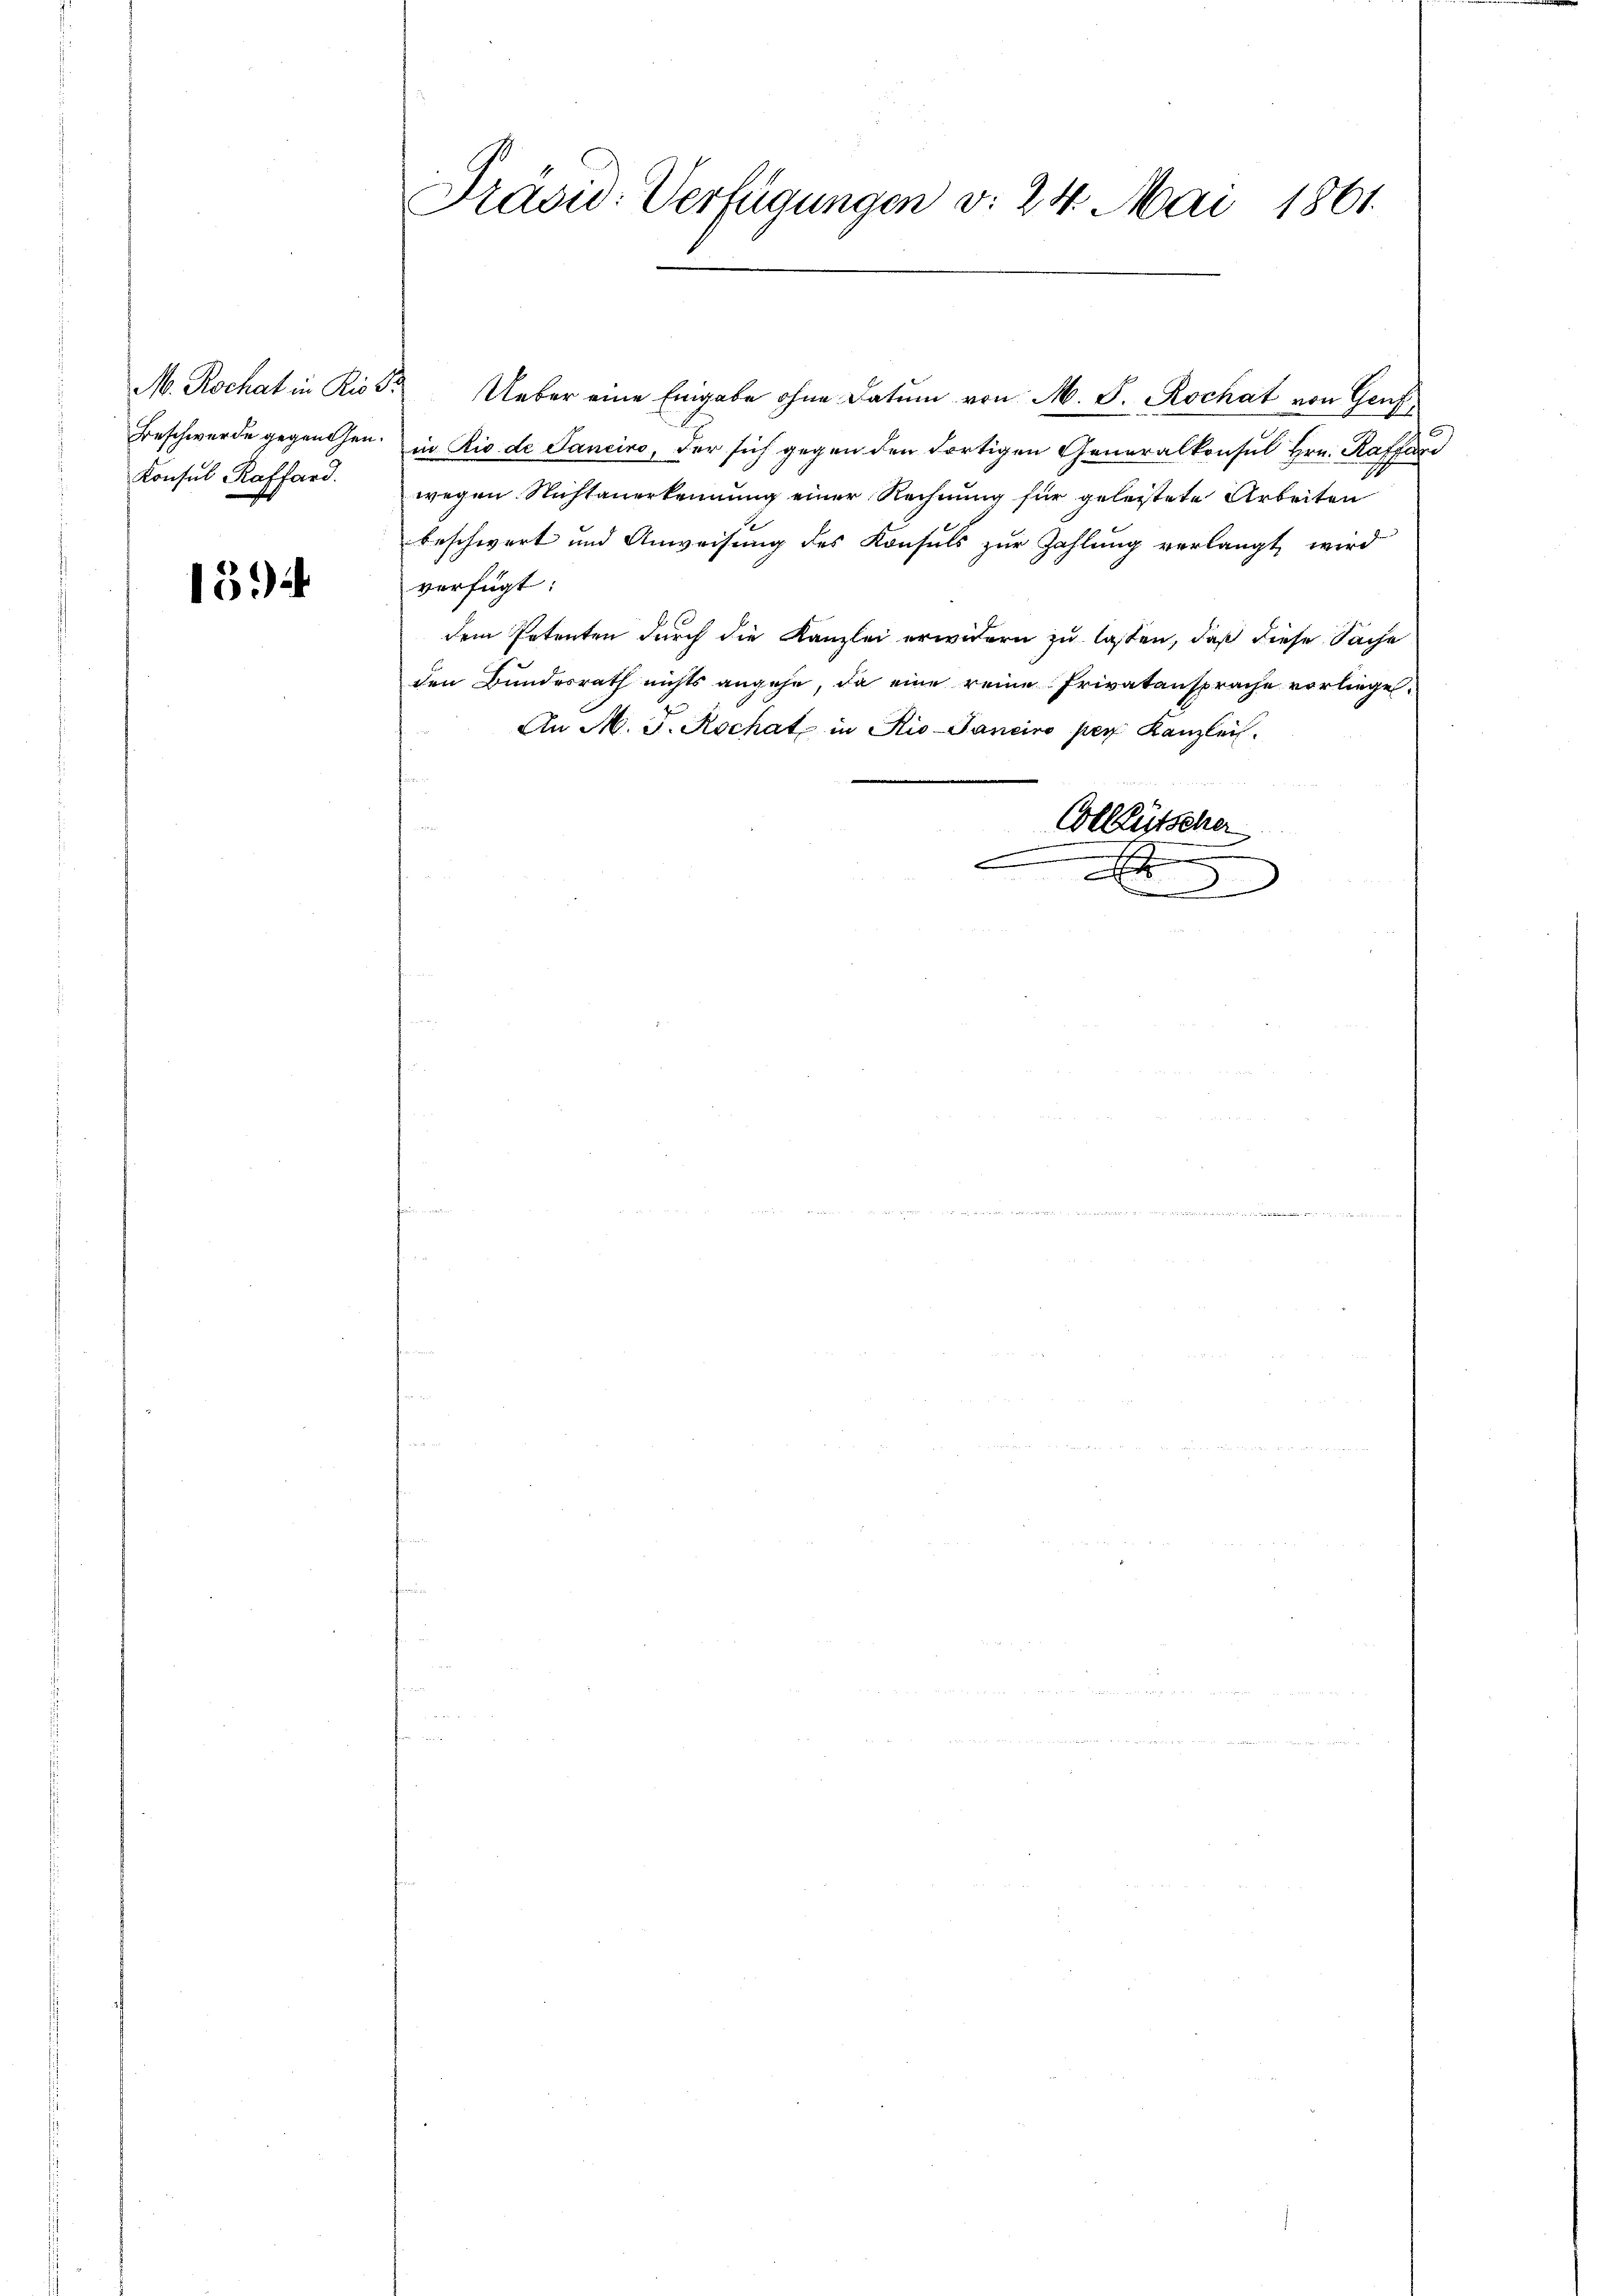
M. Rochat in Rio Sr.
Beschwerde gegenden.
Konsul Raffard.

13)

Präsid. Verfügungen v. 24. Mai 1861.

Ueber eine Eingabe ohne Datum von M. J. Rochat von Genf,
in Rio de Sancino, der sich gegen den dortigen Generalkonsul Hrn. Kaffend
wegen Nichtanerkennung einer Rechnung für geleistete Arbeiten
beschwert und Anweisung des Konsuls zur Zahlung verlangt wird
verfügt:
dem Petenten durch die Kanzlei erwidern zu lassen, daß diese Sache
den Bundesrath nichts angehe, da eine reine Privatansprache vorliege.
An M. J. Rochat in Rio-Panciro per Kanzlei.
Colleütscher
e
x
.